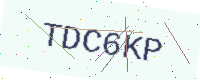
Text: TDC6KP